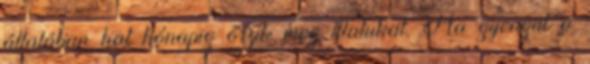
általában hat hónapig őrzik meg illatukat. Ha gyengül a